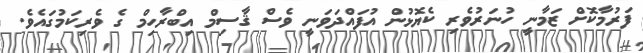
ފަރުމާކޮށް ޒަމާނީ ހުނަރުވެރި ކެޔޮޅުން އުފައްދަވަނީ ވެސް ޤާސިމް އިބްރާހިމް ގެ ވެރިކަމުގައެވެ.